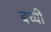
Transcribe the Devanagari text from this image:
बच्‍ची